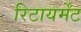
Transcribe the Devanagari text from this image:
रिटायर्मेंट